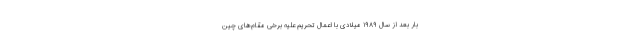
بار بعد از سال ۱۹۸۹ میلادی با اعمال تحریم‌ علیه برخی مقام‌های چین